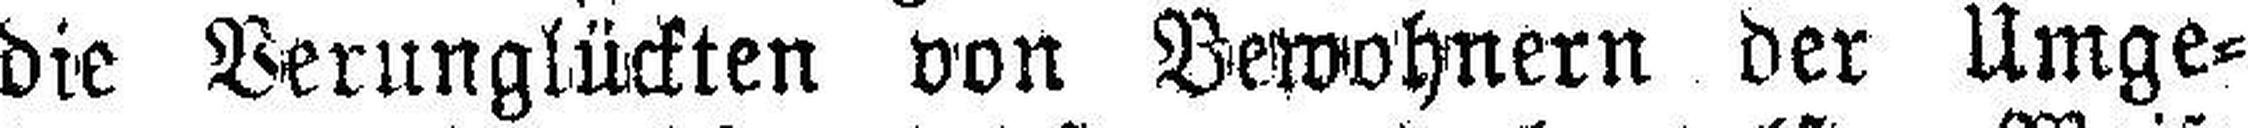
die Verunglückten von Bewohnern der Umge¬